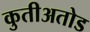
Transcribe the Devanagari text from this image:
कुतीअतोड